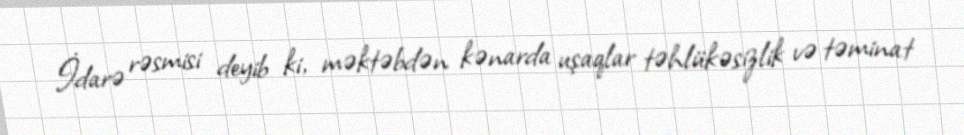
İdarə rəsmisi deyib ki, məktəbdən kənarda uşaqlar təhlükəsizlik və təminat